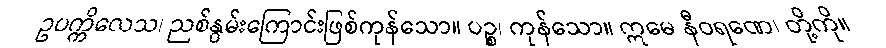
ဥပက္ကိလေသ၊ ညစ်နွမ်းကြောင်းဖြစ်ကုန်သော။ ပဉ္စ၊ ကုန်သော။ ဣမေ နီဝရဏေ၊ တို့ကို။